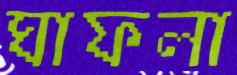
ঘাফলা